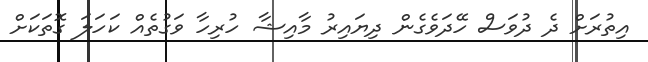
އިތުރަށް ދެ ދުވަސް ހޭދަވެގެން ދިޔައިރު މާއިޝާ ހުރިހާ ވަގުތެއް ކަހަލަ ގޮތަކަށް